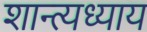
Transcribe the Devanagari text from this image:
शान्त्यध्याय